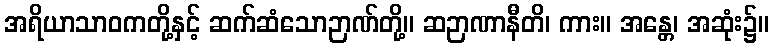
အရိယာသာဝကတို့နှင့် ဆက်ဆံသောဉာဏ်တို့။ ဆဉာဏာနီတိ၊ ကား။ အန္တေ၊ အဆုံး၌။